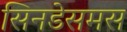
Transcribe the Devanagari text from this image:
सिनडेसमस